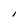
Character: I